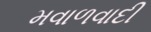
મવાળવાદી